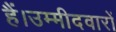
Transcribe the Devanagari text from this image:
हैं।उम्मीदवारों